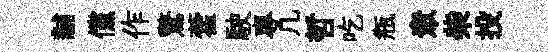
黼儻作驚藿駛專凢哲吃瓶衆柴投